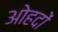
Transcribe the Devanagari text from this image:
अोहदों